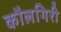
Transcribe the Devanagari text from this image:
कौलगिरी